Annual report of the Bengal Veterinary College and of the Civil Veterinary Department, Bengal, for the year 1899-1900 - 1899-1900
Year: 1899
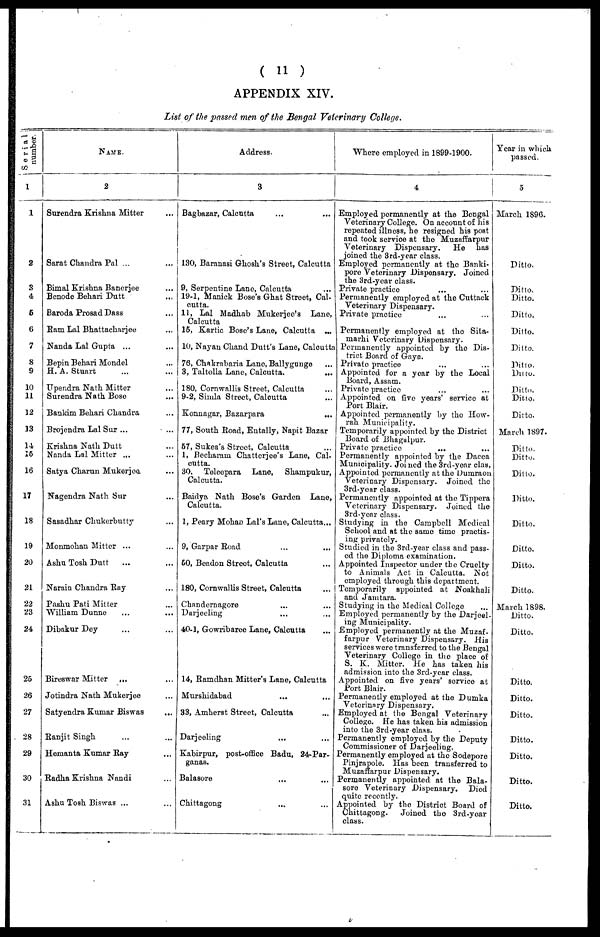
( 11 )
APPENDIX XIV.
List of the passed men of the Bengal Veterinary College.
Serial
number.
1
1
2
3
4
5
6
7
8
9
10
11
12
13
14
15
16
17
18
19
20
21
22
23
24
25
26
27
28
29
30
31
Name.
2
Surendra Krishna Mitter ...
Sarat Chandra Pal ... ...
Bimal Krishna Banerjee ...
Benode Behari Dutt ...
Baroda Prosad Dass ...
Eam Lal Bhattacharjee ...
Nanda Lal Gupta ... ...
Bepin Behari Mondel ...
H. A. Stuart ... ...
Upendra Nath Mitter ...
Suvendra Nath Bose ...
Bankim Behari Chandra ...
Brojendra Lal Sur ... ...
Krishna Nath Dutt ...
Nanda Lal Mitter ... ...
Satya Charun Mukerjee ...
Nagendra Nath Sur ...
Sasadhar Chukerbutty ...
Monmohan Mitter ... ...
Ashu Tosh Dutt
... ...
Narain Chandra Ray ...
Pashu Pati Mitter ...
William Dunne ... ...
Dibakur Dey ... ...
Bireswar Mitter ... ...
Jotindra Nath Mukerjee ...
Satyendra Kumar Biswas ...
Ranjit Singh ... ...
Hemanta Kumar Ray ...
Radha Krishna Nandi ...
Ashu Tosh Biswas ... ...
Address.
3
Bagbazar, Calcutta ... ...
130, Baranasi Ghosh's Street, Calcutta
9, Serpentine Lane, Calcutta ...
19-1, Manick Bose's Ghat Street, Cal-
cutta.
11, Lal Madhab Mukerjee's Lane,
Calcutta
15, Kartic Bose's Lane, Calcutta ...
10, Nayan Chand Dutt's Lane, Calcutta
76, Chakrabaria Lane, Ballygunge ...
3, Taltolla Lane, Calcutta.
...
180, Cornwallis Street, Calcutta
9-2, Simla Street, Calcutta ...
Konnagar, Bazarpara ...
77, South Road, Entally, Napit Bazar
57, Sukea's Street, Calcutta ...
1, Becharam Chatterjee's Lane, Cal-
cutta.
30, Teleepara Lane, Shampukur,
Calcutta.
Baidya Nath Bose's Garden Lane,
Calcutta.
1, Peary Mohan Lal's Lane, Calcutta...
9, Garpar Road ... ...
50, Beadon Street, Calcutta ...
180, Cornwallis Street, Calcutta ...
Chandernagore ... ...
Darjeeling ... ...
40-1, Gowribaree Lane, Calcutta ...
14, Ramdhan Mitter's Lane, Calcutta
Murshidabad ... ...
33, Amherst Street, Calcutta ...
Darjeeling ... ...
Kabirpur, post-office Badu, 24-Par-
ganas.
Balasore ... ...
Chittagong ... ...
"Where employed in 1899-1900.
Employed permanently at the Bengal
Veterinary College. On account of his
repeated illness, he resigned his post
and took service at the Muzaffarpur
Veterinary Dispensary.
He has
joined the 3rd-year class.
Employed permanently at the Banki-
pore Veterinary Dispensary. Joined
the 3rd-year class.
Private practice
Permanently employed at the Cuttack
Veterinary Dispensary.
Private practice
Permanently employed at the Sita-
marhi Veterinary Dispensary.
Permanently appointed by the Dis-
trict Board of Gaya.
Private practice
Appointed for a year by the Local
Board, Assam.
Private practice
Appointed on five years' service at
Port Blair.
Appointed permanently by the How-
rah Municipality.
Temporarily appointed by the District
Board of Bhagalpur.
Private practice
Permanently appointed by the Dacca
Municipality. Joi ned the 3rd-year clas,
Appointed permanently at the Dumraon
Veterinary Dispensary. Joined the
3rd-year class.
Permanently appointed at the Tippera
Veterinary Dispensary. Joined the
3rd-year class.
Studying in the Campbell Medical
School and at the same time practis-
ing privately.
Studied in the 3rd-year class and pass-
ed the Diploma examination.
Appointed Inspector under the Cruelty
to Animals Act in Calcutta. Not
employed through this department.
Temporarily appointed at Noakhali
and Jamtara.
Studying in the Medical College
Employed permanently by the Darjeel-
ing Municipality.
Employed permanently at the Muzaf-
farpur Veterinary Dispensary. His
services were transferred to the Bengal
Veterinary College in the place of
S. K. Mitter. He has taken his
admission into the 3rd-year class.
Appointed on five years' service at
Port Blair.
Permanently employed at the Dumka
Veterinary Dispensary.
Employed at the Bengal Veterinary
College. He has taken his admission
into the 3rd-year class.
Permanently employed by the Deputy
Commissioner of Darjeeling.
Permanently employed at the Sodepore
Pinjrapole. Has been transferred to
Muzaffarpur Dispensary.
Permanently appointed at the Bala-
sore Veterinary Dispensary. Died
quite recently.
Appointed by the District Board of
Chittagong. Joined the 3rd-year
class.
Year in which
passed.
5
March 1896.
Ditio.
Ditto.
Ditto.
Ditto.
Ditto.
Ditto.
Ditto.
Ditto.
Ditto.
Ditto.
Ditto.
March 1897.
Ditto.
Ditto.
Ditto.
Ditto.
Ditto.
Ditto.
Ditto.
Ditto.
March 1898.
Ditto.
Ditto.
Ditto.
Ditto.
Ditto.
Ditto.
Ditto.
Ditto.
Ditto.